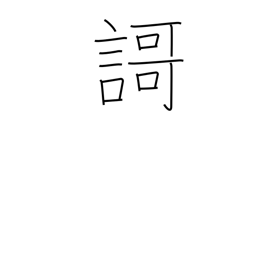
Meaning: tanka